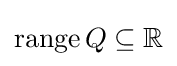
\operatorname {range} Q\subseteq \mathbb {R}